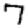
Digit: 7